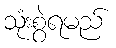
သုံးစွဲရမည်